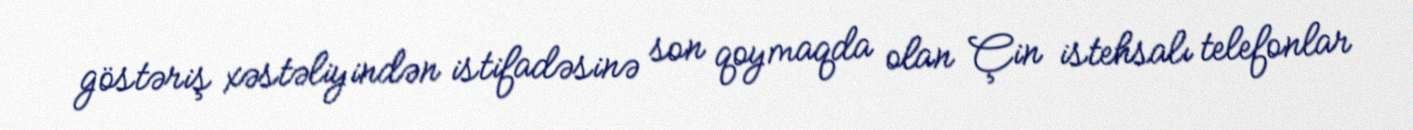
göstəriş xəstəliyindən istifadəsinə son qoymaqda olan Çin istehsalı telefonlar